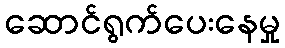
ဆောင်ရွက်ပေးနေမှု